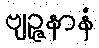
ဗျဉ္ဇနာနံ